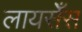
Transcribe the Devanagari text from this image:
लायसेँस